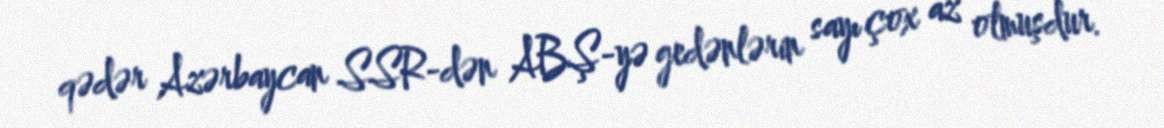
qədər Azərbaycan SSR-dən ABŞ-yə gedənlərin sayı çox az olmuşdur.